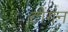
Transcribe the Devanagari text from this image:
टोंगन